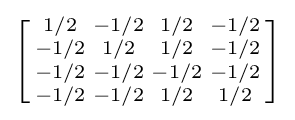
\left[{\begin{smallmatrix}1/2&-1/2&1/2&-1/2\\-1/2&1/2&1/2&-1/2\\-1/2&-1/2&-1/2&-1/2\\-1/2&-1/2&1/2&1/2\\\end{smallmatrix}}\right]